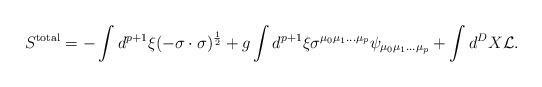
LaTeX: \begin{align*}S^{\rm total} = - \int d^{p+1}\xi (-\sigma\cdot\sigma)^{\frac{1}{2}} + g\int d^{p+1}\xi \sigma^{\mu_{0}\mu_{1}\ldots\mu_{p}}\psi_{\mu_{0}\mu_{1}\ldots\mu_{p}} + \int d^{D}X {\cal L}. \end{align*}